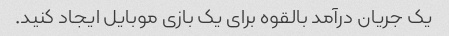
یک جریان درآمد بالقوه برای یک بازی موبایل ایجاد کنید.